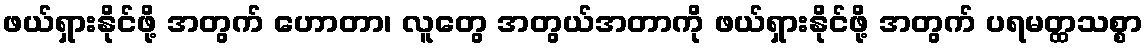
ဖယ်ရှားနိုင်ဖို့ အတွက် ဟောတာ၊ လူတွေ အတွယ်အတာကို ဖယ်ရှားနိုင်ဖို့ အတွက် ပရမတ္ထသစ္စာ